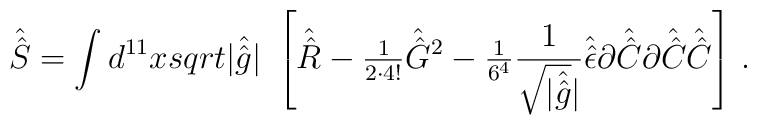
\hat{\hat{S}}= \int d^{11}x\\sqrt{|\hat{\hat{g}}|}\ \left[\hat{\hat{R}}-{\textstyle\frac{1}{2\cdot 4!}} \hat{\hat{G}}{}^{2}-{\textstyle\frac{1}{6^{4}}} \frac{1}{\sqrt{|\hat{\hat{g}}}|}\hat{\hat{\epsilon}} \partial\hat{\hat{C}}\partial \hat{\hat{C}} \hat{\hat{C}}\right]\, .